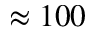
\approx 1 0 0